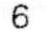
6